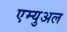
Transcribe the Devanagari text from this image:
एम्युअल